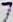
7